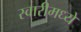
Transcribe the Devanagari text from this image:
स्वारीमध्ये